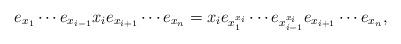
LaTeX: \begin{align*}e_{x_1}\cdots e_{x_{i-1}}x_ie_{x_{i+1}}\cdots e_{x_n}= x_i e_{x_1^{x_i}}\cdots e_{x_{i-1}^{x_i}}e_{x_{i+1}}\cdots e_{x_n},\end{align*}